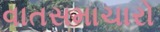
વાતસમાચારો